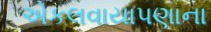
એકલવાયાપણાના